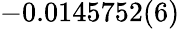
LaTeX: -0.0145752(6)